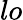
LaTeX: lo